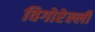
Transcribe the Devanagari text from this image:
विगोरेल्ली